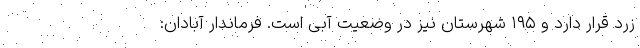
زرد قرار دارد و ۱۹۵ شهرستان نیز در وضعیت آبی است. فرماندار آبادان: